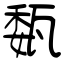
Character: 瓾